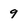
Character: 9